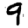
Digit: 9